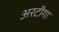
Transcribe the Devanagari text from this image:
अरटीगा